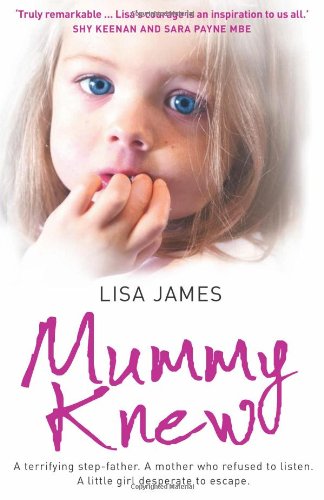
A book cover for Mummy Knew: A terrifying step-father. A mother who refused to listen. A little girl desperate to escape.; Lisa James; Politics & Social Sciences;